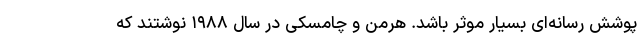
پوشش رسانه‌ای بسیار موثر باشد. هرمن و چامسکی در سال ۱۹۸۸ نوشتند که